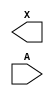
/**
 * Copyright 2020 The SkyWater PDK Authors
 *
 * Licensed under the Apache License, Version 2.0 (the "License");
 * you may not use this file except in compliance with the License.
 * You may obtain a copy of the License at
 *
 *     https://www.apache.org/licenses/LICENSE-2.0
 *
 * Unless required by applicable law or agreed to in writing, software
 * distributed under the License is distributed on an "AS IS" BASIS,
 * WITHOUT WARRANTIES OR CONDITIONS OF ANY KIND, either express or implied.
 * See the License for the specific language governing permissions and
 * limitations under the License.
 *
 * SPDX-License-Identifier: Apache-2.0
 */

`ifndef SKY130_FD_SC_HVL__LSBUFHV2LV_BLACKBOX_V
`define SKY130_FD_SC_HVL__LSBUFHV2LV_BLACKBOX_V

/**
 * lsbufhv2lv: Level-shift buffer, low voltage-to-low voltage.
 *
 * Verilog stub definition (black box without power pins).
 *
 * WARNING: This file is autogenerated, do not modify directly!
 */

`timescale 1ns / 1ps
`default_nettype none

(* blackbox *)
module sky130_fd_sc_hvl__lsbufhv2lv (
    X,
    A
);

    output X;
    input  A;

    // Voltage supply signals
    supply1 VPWR ;
    supply0 VGND ;
    supply1 LVPWR;
    supply1 VPB  ;
    supply0 VNB  ;

endmodule

`default_nettype wire
`endif  // SKY130_FD_SC_HVL__LSBUFHV2LV_BLACKBOX_V